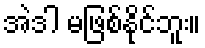
အဲဒါ မဖြစ်နိုင်ဘူး။